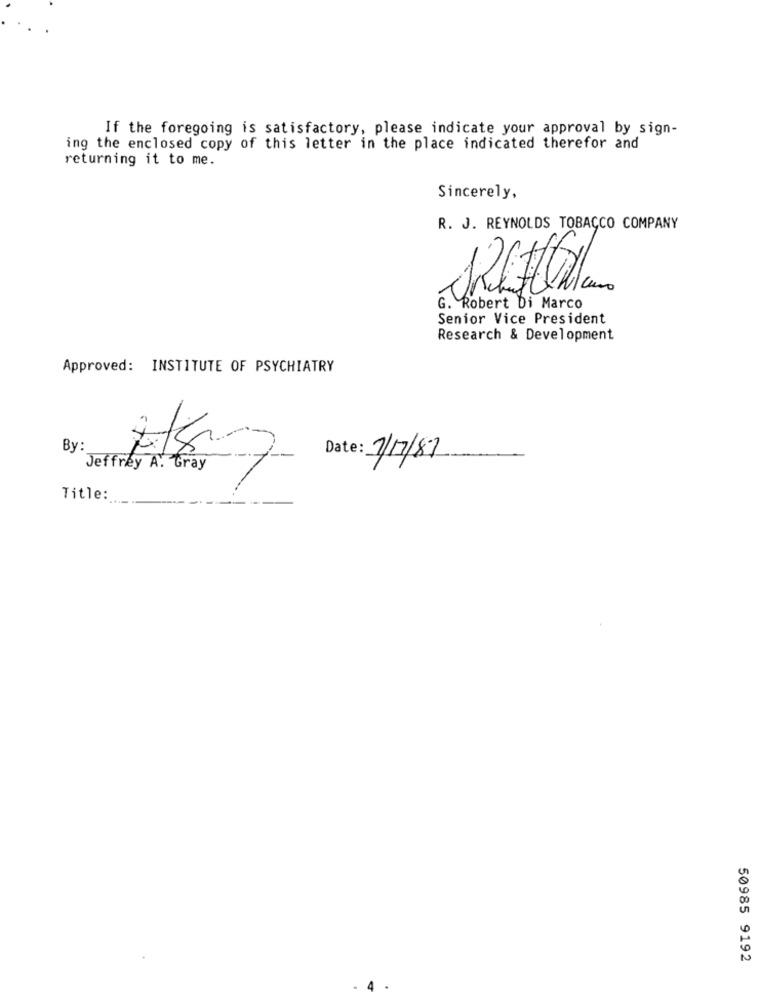
If the foregoing is satisfactory, please indicate your approval by sign-
ing the enclosed copy of this letter in the place indicated therefor and
returning it to me.
Sincerely,
R. J. REYNOLDS TOBACCO COMPANY
G. Robert Di Marco
Senior Vice President
Research & Development
Approved: INSTITUTE OF PSYCHIATRY
By:
Date: 7/17/87
Jeffrey A. Gray
Title:
50985 9192
4